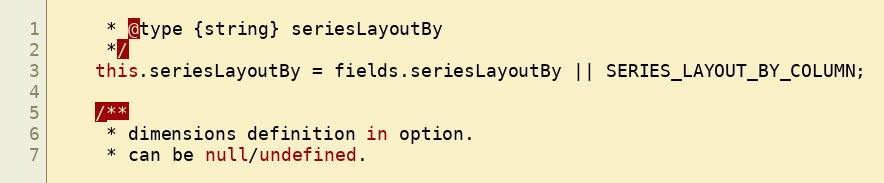
Language: JavaScript
     * @type {string} seriesLayoutBy
     */
    this.seriesLayoutBy = fields.seriesLayoutBy || SERIES_LAYOUT_BY_COLUMN;

    /**
     * dimensions definition in option.
     * can be null/undefined.